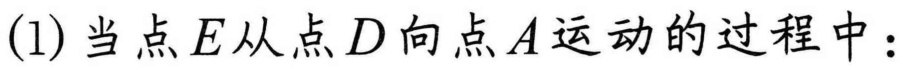
(1) 当点\(E\)从点\(D\)向点\(A\)运动的过程中：